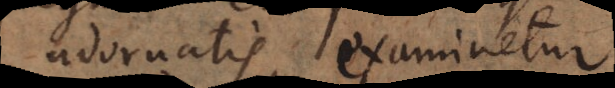
adornatis, examinetur